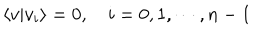
\langle v | v _ { i } \rangle = 0 , \quad i = 0 , 1 , \cdots , n - 1